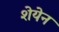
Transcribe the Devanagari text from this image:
शेयेन